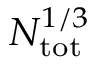
N _ { \mathrm { t o t } } ^ { 1 / 3 }